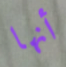
أنها